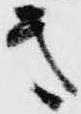
意